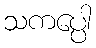
သကပ္ပေါ